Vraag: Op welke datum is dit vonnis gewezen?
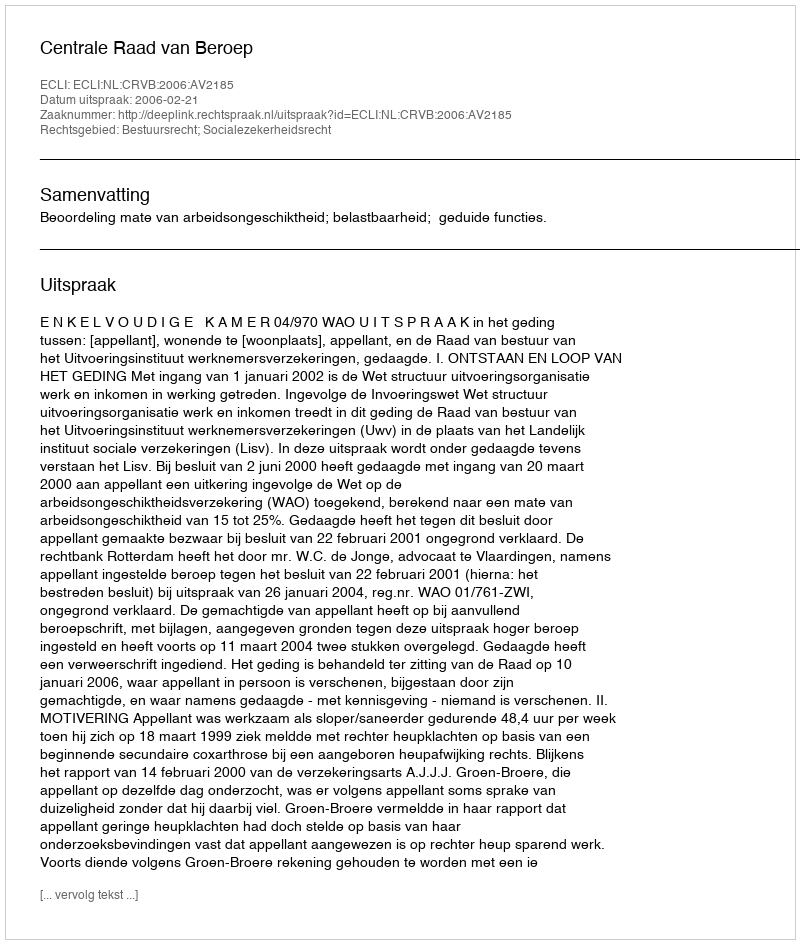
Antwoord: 2006-02-21